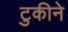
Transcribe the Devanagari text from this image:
टुकीने